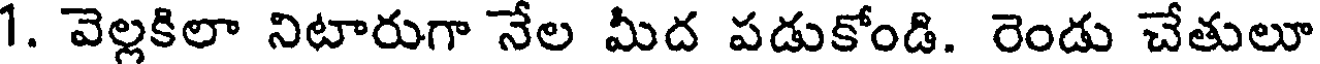
1. వెల్లకిలా నిటారుగా నేల మీద పడుకోండి. రెండు చేతులూ